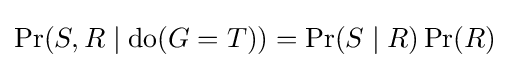
\Pr(S,R\mid {\text{do}}(G=T))=\Pr(S\mid R)\Pr(R)